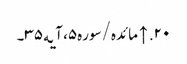
۲۰. ↑ مائده/سوره۵، آیه۳۵۔